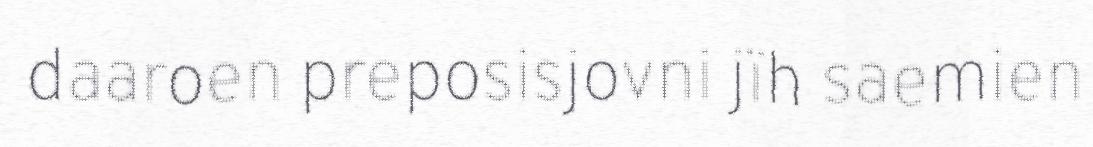
daaroen preposisjovni jïh saemien